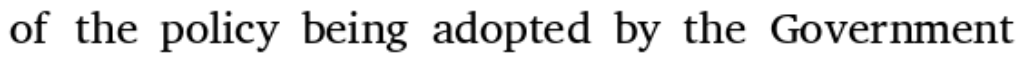
of the policy being adopted by the Government